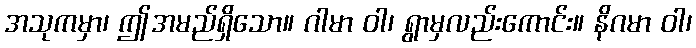
အသုကမှာ၊ ဤအမည်ရှိသော။ ဂါမာ ဝါ၊ ရွာမှလည်းကောင်း။ နိဂမာ ဝါ၊